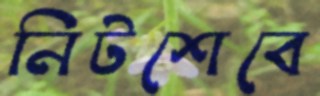
নিটশেবে